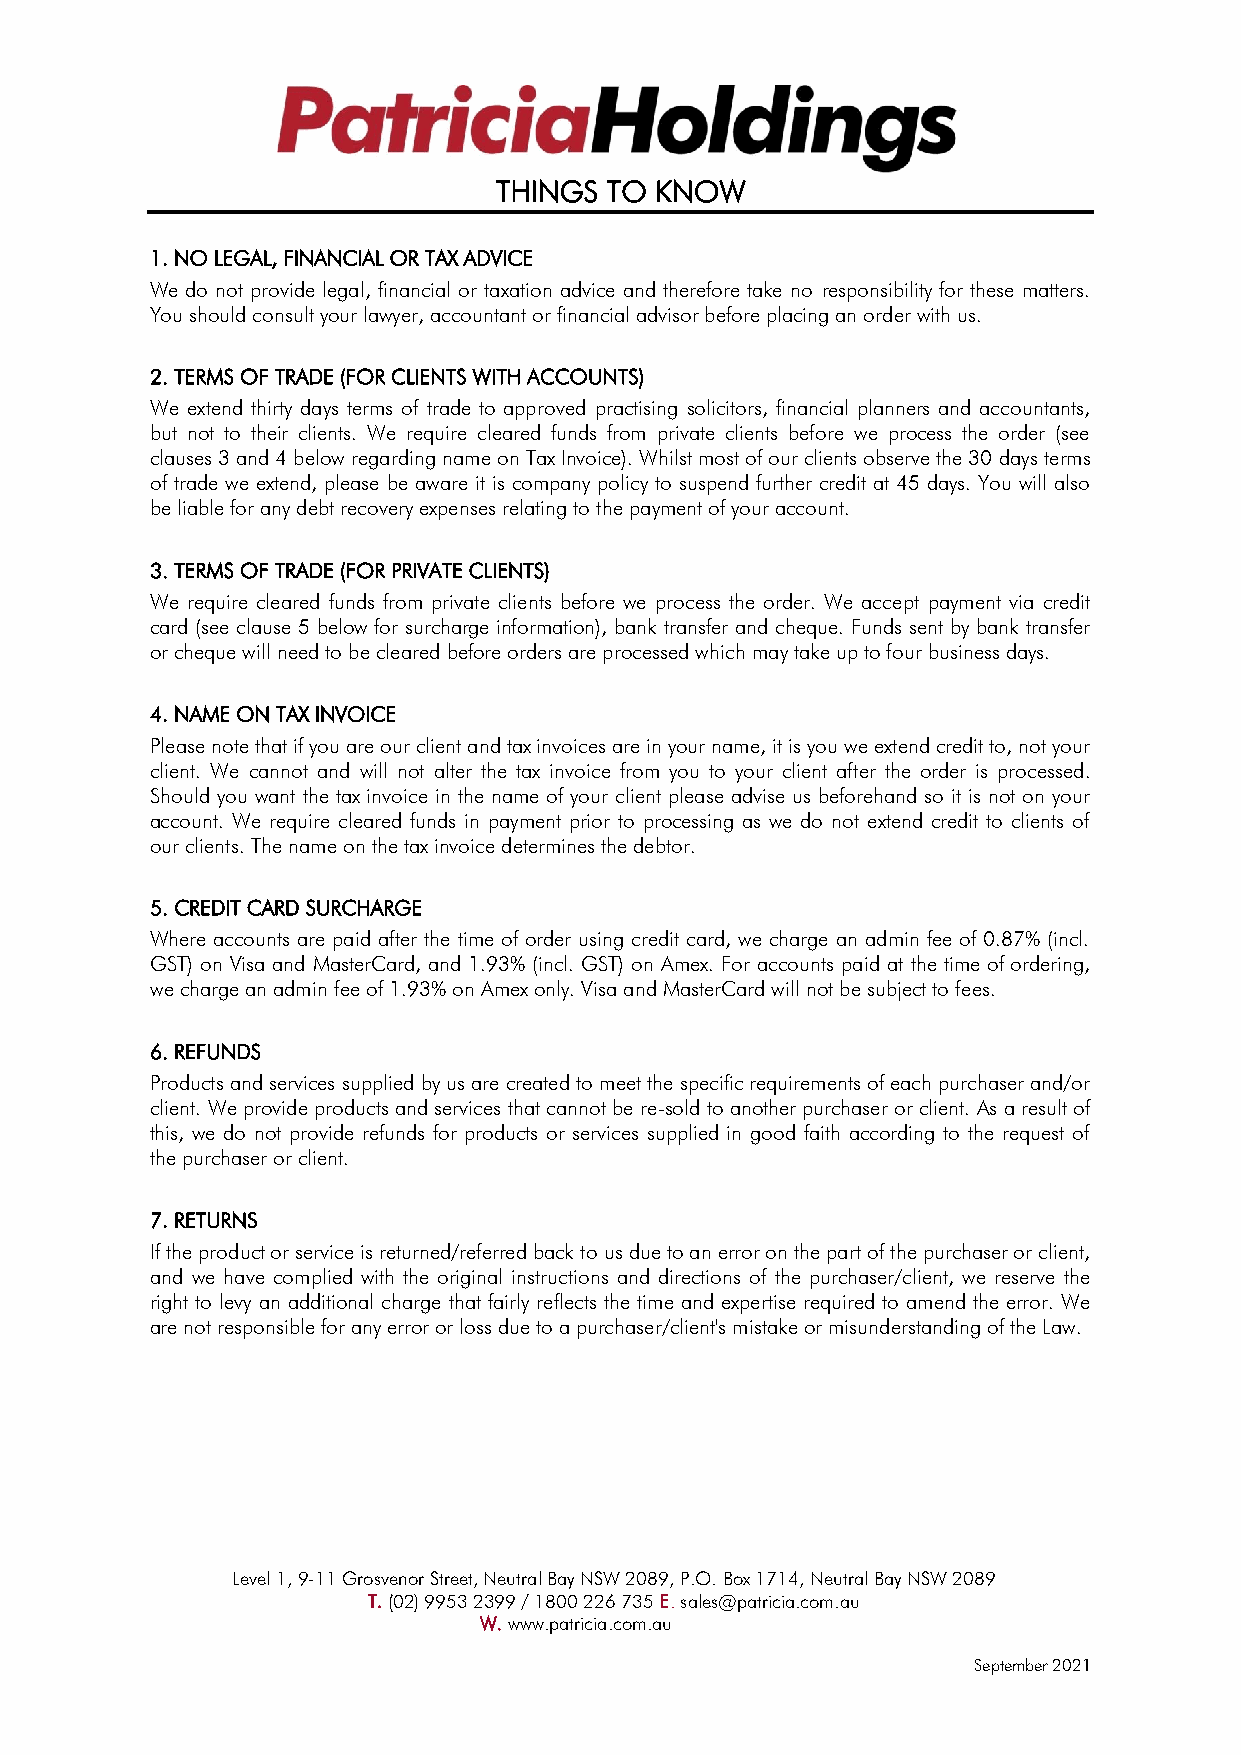
THINGS TO KNOW
 1. NO LEGAL, FINANCIAL OR TAX ADVICE
 We do not provide legal, financial or taxation advice and therefore take no responsibility for these matters.
 You should consult your lawyer, accountant or financial advisor before placing an order with us.
 2. TERMS OF TRADE (FOR CLIENTS WITH ACCOUNTS)
 We extend thirty days terms of trade to approved practising solicitors, financial planners and accountants,
 but not to their clients. We require cleared funds from private clients before we process the order (see
 clauses 3 and 4 below regarding name on Tax Invoice). Whilst most of our clients observe the 30 days terms
 of trade we extend, please be aware it is company policy to suspend further credit at 45 days. You will also
 be liable for any debt recovery expenses relating to the payment of your account.
 3. TERMS OF TRADE (FOR PRIVATE CLIENTS)
 We require cleared funds from private clients before we process the order. We accept payment via credit
 card (see clause 5 below for surcharge information), bank transfer and cheque. Funds sent by bank transfer
 or cheque will need to be cleared before orders are processed which may take up to four business days.
 4. NAME ON TAX INVOICE
 Please note that if you are our client and tax invoices are in your name, it is you we extend credit to, not your
 client. We cannot and will not alter the tax invoice from you to your client after the order is processed.
 Should you want the tax invoice in the name of your client please advise us beforehand so it is not on your
 account. We require cleared funds in payment prior to processing as we do not extend credit to clients of
 our clients. The name on the tax invoice determines the debtor.
 5. CREDIT CARD SURCHARGE
 Where accounts are paid after the time of order using credit card, we charge an admin fee of 0.87% (incl.
 GST) on Visa and MasterCard, and 1.93% (incl. GST) on Amex. For accounts paid at the time of ordering,
 we charge an admin fee of 1.93% on Amex only. Visa and MasterCard will not be subject to fees.
 6. REFUNDS
 Products and services supplied by us are created to meet the specific requirements of each purchaser and/or
 client. We provide products and services that cannot be re-sold to another purchaser or client. As a result of
 this, we do not provide refunds for products or services supplied in good faith according to the request of
 the purchaser or client.
 7. RETURNS
 If the product or service is returned/referred back to us due to an error on the part of the purchaser or client,
 and we have complied with the original instructions and directions of the purchaser/client, we reserve the
 right to levy an additional charge that fairly reflects the time and expertise required to amend the error. We
 are not responsible for any error or loss due to a purchaser/client's mistake or misunderstanding of the Law.
 Level 1, 9-11 Grosvenor Street, Neutral Bay NSW 2089, P.O. Box 1714, Neutral Bay NSW 2089
 T. (02) 9953 2399 / 1800 226 735 E. sales@patricia.com.au
 W. www.patricia.com.au
 September 2021